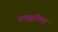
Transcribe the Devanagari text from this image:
सामूहीकृत